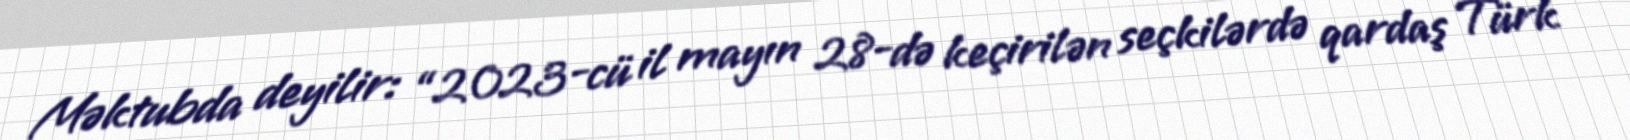
Məktubda deyilir: “2023-cü il mayın 28-də keçirilən seçkilərdə qardaş Türk